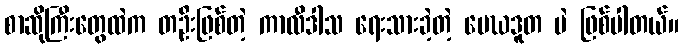
စာဆိုကြီးတွေထဲက တဦးဖြစ်တဲ့ ကာလီဒါသ ရေးသားခဲ့တဲ့ မေဃဒူတ ပဲ ဖြစ်ပါတယ်။